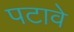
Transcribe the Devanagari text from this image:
पटावे